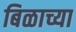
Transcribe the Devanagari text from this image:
बिळाच्या